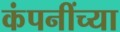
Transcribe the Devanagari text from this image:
कंपनींच्या